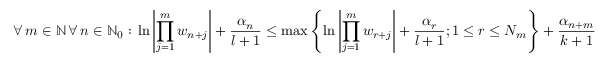
\forall \, m \in \mathbb { N } \, \forall \, n \in \mathbb { N } _ { 0 } : \, \ln \left| \prod _ { j = 1 } ^ { m } w _ { n + j } \right| + \frac { \alpha _ { n } } { l + 1 } \leq \operatorname* { m a x } \left\{ \ln \left| \prod _ { j = 1 } ^ { m } w _ { r + j } \right| + \frac { \alpha _ { r } } { l + 1 } ; 1 \leq r \leq N _ { m } \right\} + \frac { \alpha _ { n + m } } { k + 1 }